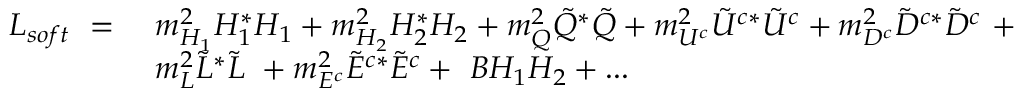
\begin{array} { l l } { { { \cal { L } } _ { s o f t } \ = \ } } & { { m _ { H _ { 1 } } ^ { 2 } H _ { 1 } ^ { * } H _ { 1 } + m _ { H _ { 2 } } ^ { 2 } H _ { 2 } ^ { * } H _ { 2 } + m _ { Q } ^ { 2 } \tilde { Q } ^ { * } \tilde { Q } + m _ { U ^ { c } } ^ { 2 } \tilde { U } ^ { c * } \tilde { U } ^ { c } + m _ { D ^ { c } } ^ { 2 } \tilde { D } ^ { c * } \tilde { D } ^ { c } \ + } } \\ { { } } & { { m _ { L } ^ { 2 } \tilde { L } ^ { * } \tilde { L } \ + m _ { E ^ { c } } ^ { 2 } \tilde { E } ^ { c * } \tilde { E } ^ { c } + \ B H _ { 1 } H _ { 2 } + . . . } } \end{array}